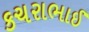
કચરાભાઈ